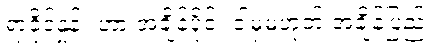
ရာခိုင်နှုန်း ဟာ အချိန်ပိုင်း ဒါမှမဟုတ် အချိန်ပြည့်